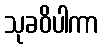
သုခဝိပါကာ